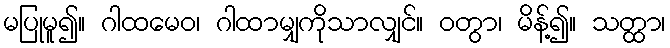
မပြုမူ၍။ ဂါထမေဝ၊ ဂါထာမျှကိုသာလျှင်။ ဝတွာ၊ မိန့်၍။ သတ္ထာ၊